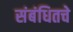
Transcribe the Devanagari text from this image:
संबंधितचे